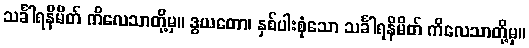
သင်္ခါရနိမိတ် ကိလေသာတို့မှ။ ဒွယတော၊ နှစ်ပါးစုံသော သင်္ခါရနိမိတ် ကိလေသာတို့မှ။